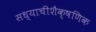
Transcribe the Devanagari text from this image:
सध्याचीशैक्षणिक